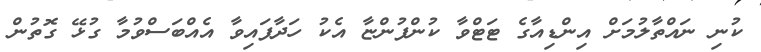
ކުނި ނައްތާލުމަށް އިންޑިއާގެ ޓަޓްވާ ކުންފުންޏާ އެކު ހަދާފައިވާ އެއްބަސްވުމާ ގުޅޭ ގޮތުން